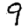
Digit: 9